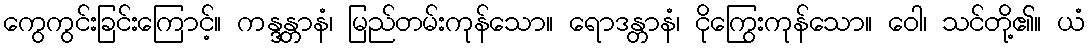
ကွေကွင်းခြင်းကြောင့်။ ကန္ဒန္တာနံ၊ မြည်တမ်းကုန်သော။ ရောဒန္တာနံ၊ ငိုကြွေးကုန်သော။ ဝေါ၊ သင်တို့၏။ ယံ